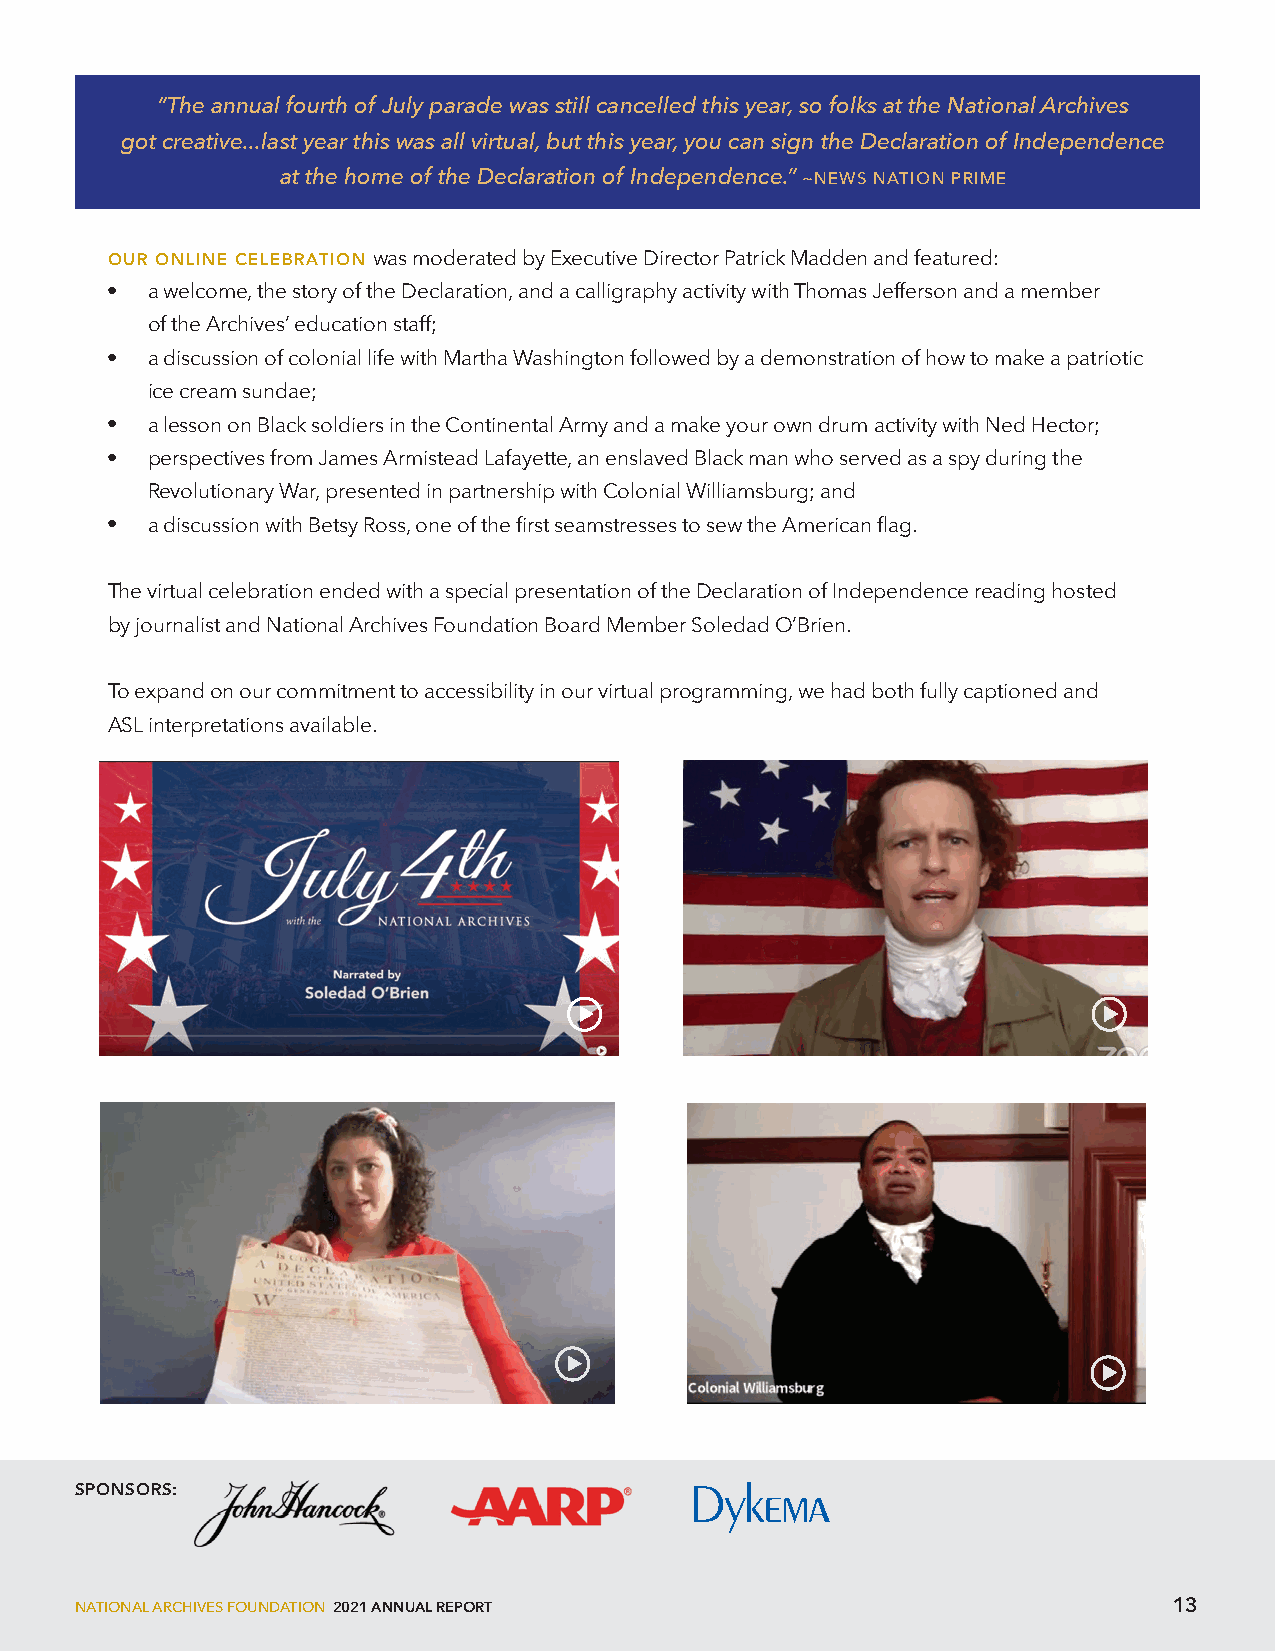
“The annual fourth of July parade was still cancelled this year, so folks at the National Archives
 got creative...last year this was all virtual, but this year, you can sign the Declaration of Independence
 at the home of the Declaration of Independence.” ~NEWS NATION PRIME
 OUR ONLINE CELEBRATION was moderated by Executive Director Patrick Madden and featured:
 l  a welcome, the story of the Declaration, and a calligraphy activity with Thomas Jefferson and a member
 of the Archives’ education staff;
 l  a discussion of colonial life with Martha Washington followed by a demonstration of how to make a patriotic
 ice cream sundae;
 l  a lesson on Black soldiers in the Continental Army and a make your own drum activity with Ned Hector;
 l  perspectives from James Armistead Lafayette, an enslaved Black man who served as a spy during the
 Revolutionary War, presented in partnership with Colonial Williamsburg; and
 l  a discussion with Betsy Ross, one of the first seamstresses to sew the American flag.
 The virtual celebration ended with a special presentation of the Declaration of Independence reading hosted
 by journalist and National Archives Foundation Board Member Soledad O’Brien.
 To expand on our commitment to accessibility in our virtual programming, we had both fully captioned and
 ASL interpretations available.
 SPONSORS:
 NATIONAL ARCHIVES FOUNDATION 2021 ANNUAL REPORT                          13